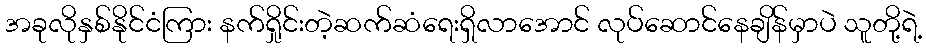
အခုလိုနှစ်နိုင်ငံကြား နက်ရှိုင်းတဲ့ဆက်ဆံရေးရှိလာအောင် လုပ်ဆောင်နေချိန်မှာပဲ သူတို့ရဲ့